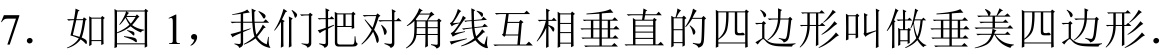
7. 如图 1，我们把对角线互相垂直的四边形叫做垂美四边形.